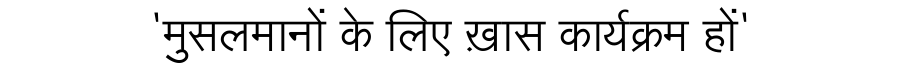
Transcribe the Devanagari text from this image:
'मुसलमानों के लिए ख़ास कार्यक्रम हों'